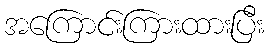
အကြောင်းကြားထားပြီး